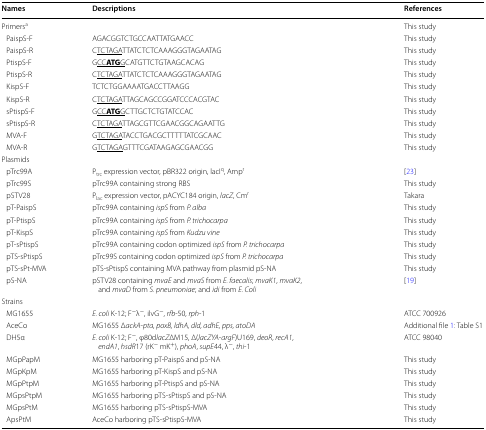
<table><thead><tr><td><b>Names</b></td><td><b>Descriptions</b></td><td><b>References</b></td></tr></thead><tbody><tr><td>Primers<sup>a</sup></td><td></td><td>This study</td></tr><tr><td> PaispS-F</td><td>AGACGGTCTGCCAATTATGAACC</td><td>This study</td></tr><tr><td> PaispS-R</td><td>C<underline>TCTAGA</underline>TTATCTCTCAAAGGGTAGAATAG</td><td>This study</td></tr><tr><td> PtispS-F</td><td>G<underline>CC</underline><b><underline>ATG</underline></b><underline>G</underline>CATGTTCTGTAAGCACAG</td><td>This study</td></tr><tr><td> PtispS-R</td><td>C<underline>TCTAGA</underline>TTATCTCTCAAAGGGTAGAATAG</td><td>This study</td></tr><tr><td> KispS-F</td><td>TCTCTGGAAAATGACCTTAAGG</td><td>This study</td></tr><tr><td> KispS-R</td><td>C<underline>TCTAGA</underline>TTAGCAGCCGGATCCCACGTAC</td><td>This study</td></tr><tr><td> sPtispS-F</td><td>G<underline>CC</underline><b><underline>ATG</underline></b><underline>G</underline>CTTGCTCTGTATCCAC</td><td>This study</td></tr><tr><td> sPtispS-R</td><td>C<underline>TCTAGA</underline>TTAGCGTTCGAACGGCAGAATTG</td><td>This study</td></tr><tr><td> MVA-F</td><td>G<underline>TCTAGA</underline>TACCTGACGCTTTTTATCGCAAC</td><td>This study</td></tr><tr><td> MVA-R</td><td>G<underline>TCTAGA</underline>GTTTCGATAAGAGCGAACGG</td><td>This study</td></tr><tr><td colspan="3">Plasmids</td></tr><tr><td> pTrc99A</td><td>P<sub>trc</sub> expression vector, pBR322 origin, lacI<sup>q</sup>, Amp<sup>r</sup></td><td>[23]</td></tr><tr><td> pTrc99S</td><td>pTrc99A containing strong RBS</td><td>This study</td></tr><tr><td> pSTV28</td><td>P<sub>lac</sub> expression vector, pACYC184 origin, <i>lacZ</i>, Cm<sup>r</sup></td><td>Takara</td></tr><tr><td> pT-PaispS</td><td>pTrc99A containing <i>ispS</i> from <i>P. alba</i></td><td>This study</td></tr><tr><td> pT-PtispS</td><td>pTrc99A containing <i>ispS</i> from <i>P. trichocarpa</i></td><td>This study</td></tr><tr><td> pT-KispS</td><td>pTrc99A containing <i>ispS</i> from <i>Kudzu vine</i></td><td>This study</td></tr><tr><td> pT-sPtispS</td><td>pTrc99A containing codon optimized <i>ispS</i> from <i>P. trichocarpa</i></td><td>This study</td></tr><tr><td> pTS-sPtispS</td><td>pTrc99S containing codon optimized <i>ispS</i> from <i>P. trichocarpa</i></td><td>This study</td></tr><tr><td> pTS-sPt-MVA</td><td>pTS-sPtispS containing MVA pathway from plasmid pS-NA</td><td>This study</td></tr><tr><td> pS-NA</td><td>pSTV28 containing <i>mvaE</i> and <i>mvaS</i> from <i>E. faecalis</i>; <i>mvaK1</i>, <i>mvaK2</i>, and <i>mvaD</i> from <i>S. pneumoniae</i>; and <i>idi</i> from <i>E. Coli</i></td><td>[19]</td></tr><tr><td colspan="3">Strains</td></tr><tr><td> MG1655</td><td><i>E. coli</i> K-12; F<sup>−</sup>λ<sup>−</sup>, ilvG<sup>−</sup>, <i>rfb</i>-50, <i>rph</i>-1</td><td>ATCC 700926</td></tr><tr><td> AceCo</td><td>MG1655 Δ<i>ackA</i>-<i>pta, poxB, ldhA, dld, adhE, pps, atoDA</i></td><td>Additional file 1: Table S1</td></tr><tr><td> DH5α</td><td><i>E. coli</i> K-12; F<sup>−</sup>, φ80d<i>lacZ</i>ΔM15, Δ(<i>lacZYA</i>-<i>argF</i>)U169, <i>deoR</i>, <i>recA1</i>, <i>endA1</i>, <i>hsdR</i>17 (rK<sup>−</sup> mK<sup>+</sup>), <i>phoA</i>, <i>supE</i>44, λ<sup>−</sup>, <i>thi</i>-1</td><td>ATCC 98040</td></tr><tr><td> MGpPapM</td><td>MG1655 harboring pT-PaispS and pS-NA</td><td>This study</td></tr><tr><td> MGpKpM</td><td>MG1655 harboring pT-KispS and pS-NA</td><td>This study</td></tr><tr><td> MGpPtpM</td><td>MG1655 harboring pT-PtispS and pS-NA</td><td>This study</td></tr><tr><td> MGpsPtpM</td><td>MG1655 harboring pTS-sPtispS and pS-NA</td><td>This study</td></tr><tr><td> MGpsPtM</td><td>MG1655 harboring pTS-sPtispS-MVA</td><td>This study</td></tr><tr><td> ApsPtM</td><td>AceCo harboring pTS-sPtispS-MVA</td><td>This study</td></tr></tbody></table>